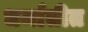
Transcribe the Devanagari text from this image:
धर्मातीत